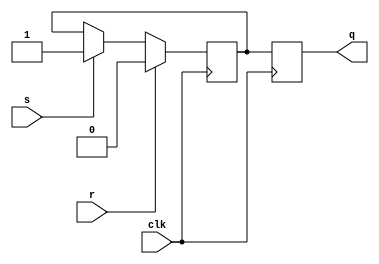
module sr_flip_flop (
    input wire clk,    // Clock input
    input wire s,      // Set input
    input wire r,      // Reset input
    output reg q       // Output
);

reg d1, d2;

// Master D flip-flop
always @(posedge clk) begin
    if(r) begin
        d1 <= 0;
    end else if(s) begin
        d1 <= 1;
    end
end

// Slave D flip-flop
always @(posedge clk) begin
    d2 <= d1;
end

// Output
assign q = d2;

endmodule